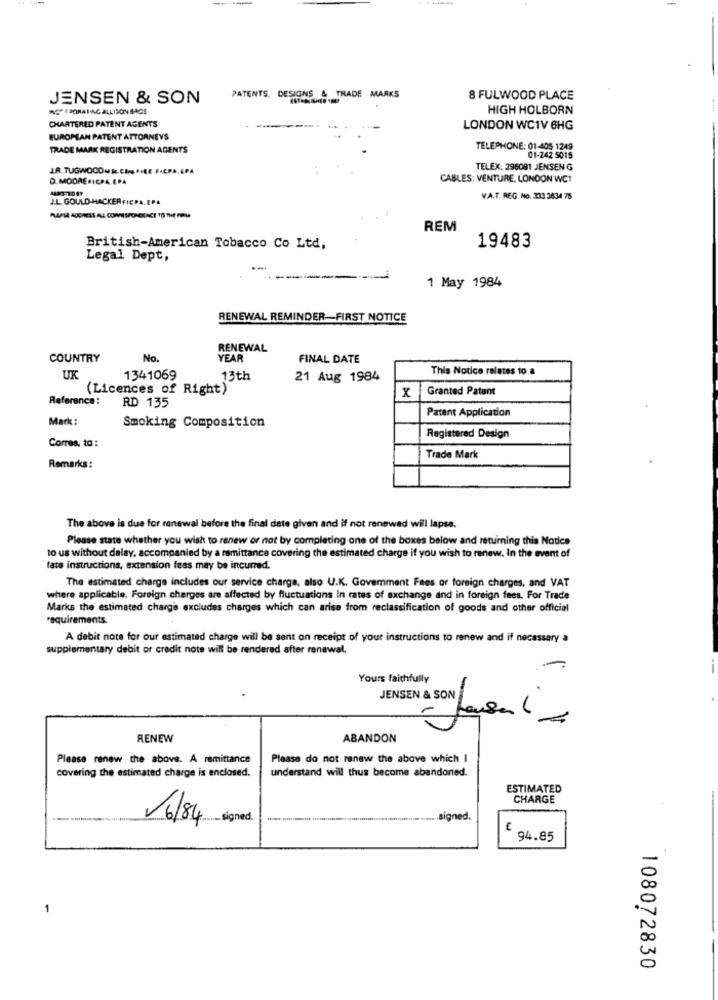
JENSEN & SON
PATENTS. DESIGNS & TRADE MARKS
8 FULWOOD PLACE
AS CIRATING ALLISON BAGS
HIGH HOLBORN
CHARTERED PATENT AGENTS
LONDON WC1V 6HG
EUROPEAN PATENT ATTORNEYS
TRADE MARK REGISTRATION AGENTS
TELEPHONE: 01-405 1249
01-242 5015
TELEX: 296091 JENSEN G
O. MODRE FICPA.EPA
CABLES: VENTURE, LONDON WC1
J.L. GOULD-HACKER FICPALEPA
V.A.T. REG. No. 133 3634 75
PLEASE ADGRESS ALL CORRESPONDENCE TO THE FAME
REM
British-American Tobacco Co Ltd,
19483
Legal Dept,
1 May 1984
RENEWAL REMINDER-FIRST NOTICE
RENEWAL
COUNTRY
No.
YEAR
FINAL DATE
This Notice relates to a
UK
1341069
13th
21 Aug 1984
(Licences of Right)
x
Granted Patent
Reference:
RD 135
Patent Application
Mark :
Smoking Composition
Corres, to :
Registered Design
Trade Mark
Remarks:
The above is due for renewal before the final date given and if not renewed will lapse.
Please state whether you wish to renew or not by completing one of the boxes below and returning this Notice
to us without delay, accompanied by a remittance covering the estimated charge if you wish to renew. In the event of
fate instructions, extension fees may be incurred.
The estimated charge includes our service charge, also U.K. Goverment Fees or foreign charges, and VAT
where applicable. Foreign charges are affected by fluctuations in rates of exchange and in foreign fees. For Trade
Marks the estimated charge excludes charges which can arise from reclassification of goods and other official
requirements.
A debit note for our estimated charge will be sent on receipt of your instructions to renew and if necessary a
supplementary debit or credit note will be rendered after renewal.
1
Yours faithfully
.
JENSEN & SON
RENEW
ABANDON
Please renew the above. A remittance
Please do not renew the above which I
covering the estimated charge is enclosed.
understand will thus become abandoned.
ESTIMATED
CHARGE
16/84
_signed.
.. signed.
€
94.85
-
108072830